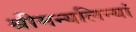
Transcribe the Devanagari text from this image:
श्रीमन्यलिन्यां